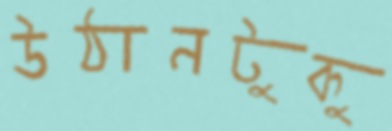
উঠানটুকু